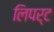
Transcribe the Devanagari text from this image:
लिपर्ट